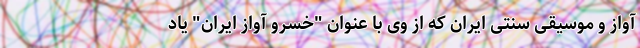
آواز و موسیقی سنتی ایران که از وی با عنوان "خسرو آواز ایران" یاد